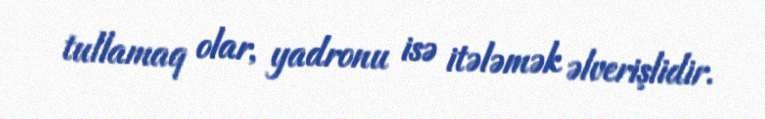
tullamaq olar, yadronu isə itələmək əlverişlidir.